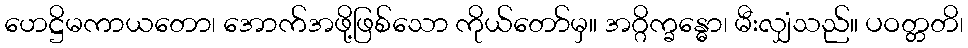
ဟေဋ္ဌိမကာယတော၊ အောက်အဖို့ဖြစ်သော ကိုယ်တော်မှ။ အဂ္ဂိက္ခန္ဓော၊ မီးလျှံသည်။ ပဝတ္တတိ၊